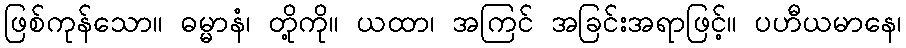
ဖြစ်ကုန်သော။ ဓမ္မာနံ၊ တို့ကို။ ယထာ၊ အကြင် အခြင်းအရာဖြင့်။ ပဟီယမာနေ၊